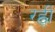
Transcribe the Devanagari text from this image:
रह्वी